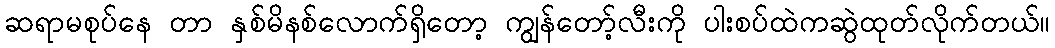
ဆရာမစုပ်နေ တာ နှစ်မိနစ်လောက်ရှိတော့ ကျွန်တော့်လီးကို ပါးစပ်ထဲကဆွဲထုတ်လိုက်တယ်။